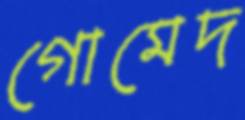
গোমেদ